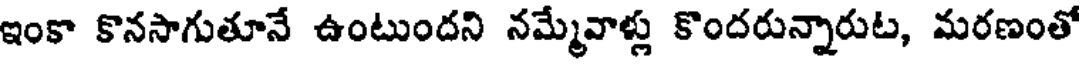
ఇంకా కొనసాగుతూనే ఉంటుందని నమ్మేవాళ్లు కొందరున్నారుట, మరణంతో